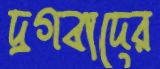
দ্রগবাদের